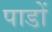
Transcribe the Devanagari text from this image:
पाडों